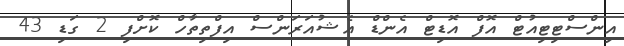
އިންސްޓިޓިއުޓް އޮފް އޮޑިޓް އެންޑް އެޝުއަރަންސް އިފްތިތާހް ކޮށްފި 2 ގަޑި 43